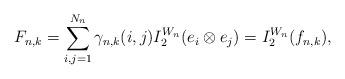
LaTeX: \begin{align*}F_{n,k}=\sum_{i,j=1}^{N_n}\gamma_{n,k}(i,j)I^{W_n}_2(e_i\otimes e_j)=I^{W_n}_2(f_{n,k}),\end{align*}